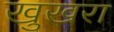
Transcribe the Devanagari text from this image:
खुखरा